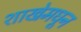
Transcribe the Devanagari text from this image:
शाखेमधून